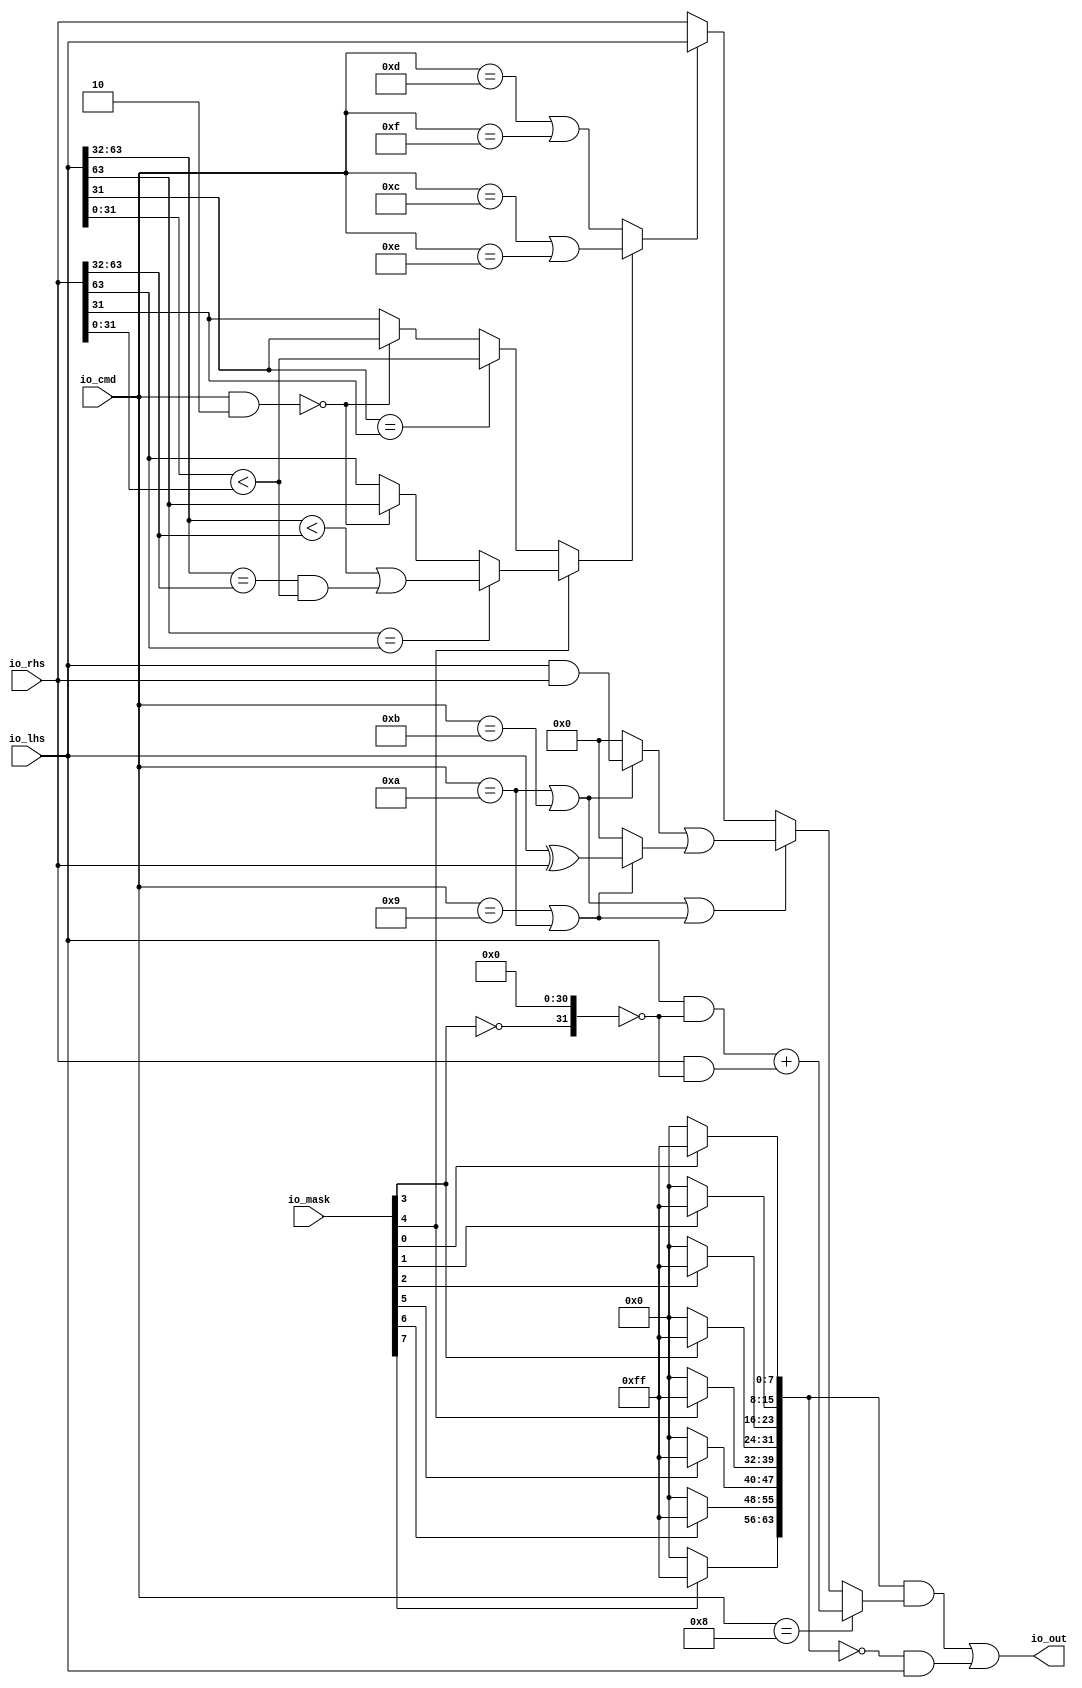
module AMOALU(
  input  [7:0]  io_mask,
  input  [4:0]  io_cmd,
  input  [63:0] io_lhs,
  input  [63:0] io_rhs,
  output [63:0] io_out
);
  wire  max = io_cmd == 5'hd | io_cmd == 5'hf; // @[AMOALU.scala 65:33]
  wire  min = io_cmd == 5'hc | io_cmd == 5'he; // @[AMOALU.scala 66:33]
  wire  add = io_cmd == 5'h8; // @[AMOALU.scala 67:20]
  wire  _logic_and_T = io_cmd == 5'ha; // @[AMOALU.scala 68:26]
  wire  logic_and = io_cmd == 5'ha | io_cmd == 5'hb; // @[AMOALU.scala 68:38]
  wire  logic_xor = io_cmd == 5'h9 | _logic_and_T; // @[AMOALU.scala 69:39]
  wire  _adder_out_mask_T_1 = ~io_mask[3]; // @[AMOALU.scala 73:61]
  wire [31:0] _adder_out_mask_T_2 = {_adder_out_mask_T_1, 31'h0}; // @[AMOALU.scala 73:77]
  wire [63:0] _adder_out_mask_T_3 = {{32'd0}, _adder_out_mask_T_2}; // @[AMOALU.scala 73:96]
  wire [63:0] adder_out_mask = ~_adder_out_mask_T_3; // @[AMOALU.scala 73:16]
  wire [63:0] _adder_out_T = io_lhs & adder_out_mask; // @[AMOALU.scala 74:13]
  wire [63:0] _adder_out_T_1 = io_rhs & adder_out_mask; // @[AMOALU.scala 74:31]
  wire [63:0] adder_out = _adder_out_T + _adder_out_T_1; // @[AMOALU.scala 74:21]
  wire [4:0] _less_signed_T = io_cmd & 5'h2; // @[AMOALU.scala 87:17]
  wire  less_signed = _less_signed_T == 5'h0; // @[AMOALU.scala 87:25]
  wire  _less_T_12 = io_lhs[31:0] < io_rhs[31:0]; // @[AMOALU.scala 80:35]
  wire  _less_T_14 = io_lhs[63:32] < io_rhs[63:32] | io_lhs[63:32] == io_rhs[63:32] & _less_T_12; // @[AMOALU.scala 81:38]
  wire  _less_T_17 = less_signed ? io_lhs[63] : io_rhs[63]; // @[AMOALU.scala 89:58]
  wire  _less_T_18 = io_lhs[63] == io_rhs[63] ? _less_T_14 : _less_T_17; // @[AMOALU.scala 89:10]
  wire  _less_T_28 = less_signed ? io_lhs[31] : io_rhs[31]; // @[AMOALU.scala 89:58]
  wire  _less_T_29 = io_lhs[31] == io_rhs[31] ? _less_T_12 : _less_T_28; // @[AMOALU.scala 89:10]
  wire  less = io_mask[4] ? _less_T_18 : _less_T_29; // @[Mux.scala 47:70]
  wire  _minmax_T = less ? min : max; // @[AMOALU.scala 95:23]
  wire [63:0] minmax = _minmax_T ? io_lhs : io_rhs; // @[AMOALU.scala 95:19]
  wire [63:0] _logic_T = io_lhs & io_rhs; // @[AMOALU.scala 97:27]
  wire [63:0] _logic_T_1 = logic_and ? _logic_T : 64'h0; // @[AMOALU.scala 97:8]
  wire [63:0] _logic_T_2 = io_lhs ^ io_rhs; // @[AMOALU.scala 98:27]
  wire [63:0] _logic_T_3 = logic_xor ? _logic_T_2 : 64'h0; // @[AMOALU.scala 98:8]
  wire [63:0] logic_ = _logic_T_1 | _logic_T_3; // @[AMOALU.scala 97:42]
  wire [63:0] _out_T_1 = logic_and | logic_xor ? logic_ : minmax; // @[AMOALU.scala 101:8]
  wire [63:0] out = add ? adder_out : _out_T_1; // @[AMOALU.scala 100:8]
  wire [7:0] _wmask_T_9 = io_mask[0] ? 8'hff : 8'h0; // @[Bitwise.scala 74:12]
  wire [7:0] _wmask_T_11 = io_mask[1] ? 8'hff : 8'h0; // @[Bitwise.scala 74:12]
  wire [7:0] _wmask_T_13 = io_mask[2] ? 8'hff : 8'h0; // @[Bitwise.scala 74:12]
  wire [7:0] _wmask_T_15 = io_mask[3] ? 8'hff : 8'h0; // @[Bitwise.scala 74:12]
  wire [7:0] _wmask_T_17 = io_mask[4] ? 8'hff : 8'h0; // @[Bitwise.scala 74:12]
  wire [7:0] _wmask_T_19 = io_mask[5] ? 8'hff : 8'h0; // @[Bitwise.scala 74:12]
  wire [7:0] _wmask_T_21 = io_mask[6] ? 8'hff : 8'h0; // @[Bitwise.scala 74:12]
  wire [7:0] _wmask_T_23 = io_mask[7] ? 8'hff : 8'h0; // @[Bitwise.scala 74:12]
  wire [63:0] wmask = {_wmask_T_23,_wmask_T_21,_wmask_T_19,_wmask_T_17,_wmask_T_15,_wmask_T_13,_wmask_T_11,_wmask_T_9}; // @[Cat.scala 31:58]
  wire [63:0] _io_out_T = wmask & out; // @[AMOALU.scala 105:19]
  wire [63:0] _io_out_T_1 = ~wmask; // @[AMOALU.scala 105:27]
  wire [63:0] _io_out_T_2 = _io_out_T_1 & io_lhs; // @[AMOALU.scala 105:34]
  assign io_out = _io_out_T | _io_out_T_2; // @[AMOALU.scala 105:25]
endmodule